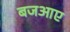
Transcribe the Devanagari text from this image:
बजआए